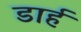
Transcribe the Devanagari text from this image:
डार्ह